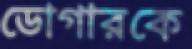
ডোগারকে